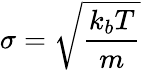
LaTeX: \sigma=\sqrt{\frac{k_{b}T}{m}}